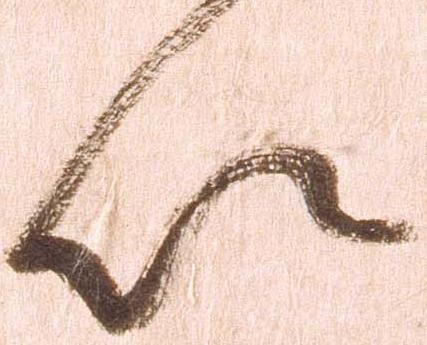
以